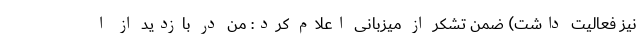
نیز فعالیت داشت) ضمن تشکر از میزبانی اعلام کرد: من در بازدید از ا